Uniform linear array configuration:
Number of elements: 4
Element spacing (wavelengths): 0.25
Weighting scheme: kaiser
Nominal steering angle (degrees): -15
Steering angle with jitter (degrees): -16.375
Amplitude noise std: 0.05
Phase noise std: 0.05

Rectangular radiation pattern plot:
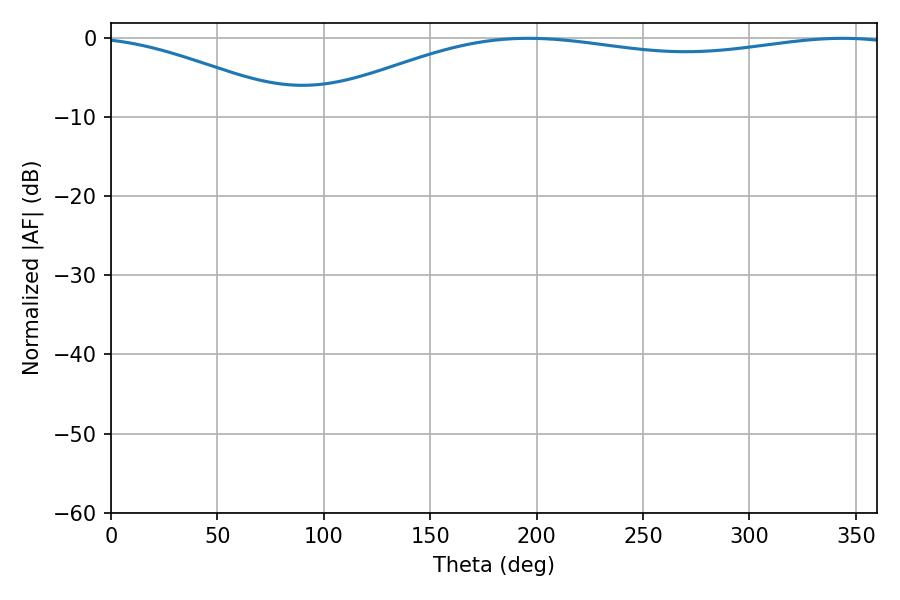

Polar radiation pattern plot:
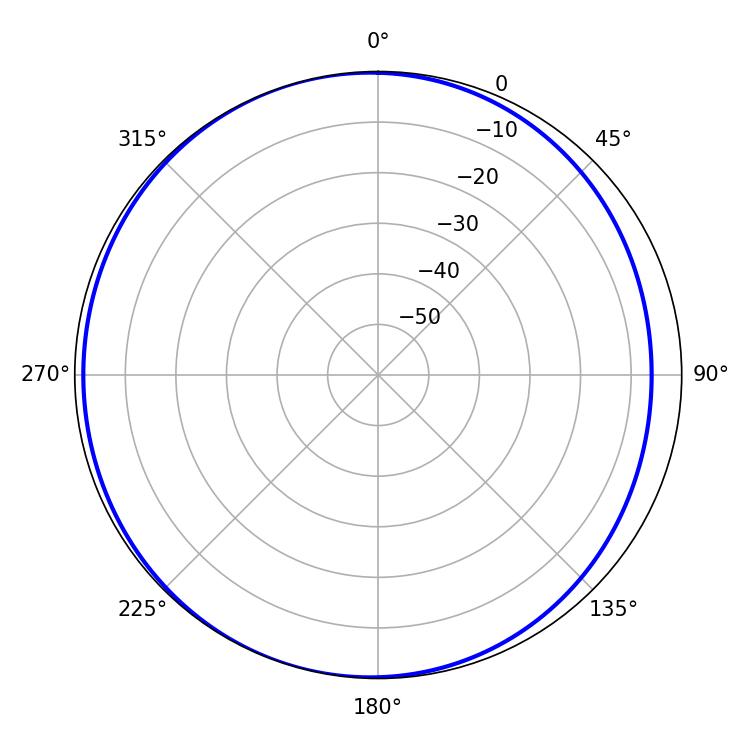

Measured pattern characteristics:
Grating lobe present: FALSE
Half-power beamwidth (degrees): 221.94
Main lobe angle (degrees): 196.02